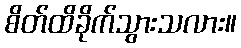
စိတ်ထိခိုက်သွားသလား။